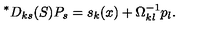
{ } ^ { \ast } D _ { k s } ( S ) P _ { s } = { s } _ { k } ( x ) + \Omega _ { k l } ^ { - 1 } p _ { l } .